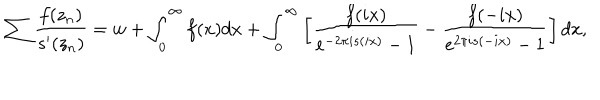
\sum \frac { f ( z _ { n } ) } { s ^ { \prime } ( z _ { n } ) } = w + \int _ { 0 } ^ { \infty } { f ( x ) d x } + \int _ { 0 } ^ { \infty } { \left[ \frac { f ( i x ) } { e ^ { - 2 \pi i s ( i x ) } - 1 } - \frac { f ( - i x ) } { e ^ { 2 \pi i s ( - i x ) } - 1 } \right] d x } ,